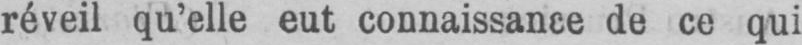
de ce qui